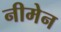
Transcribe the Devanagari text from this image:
नीमेन